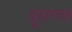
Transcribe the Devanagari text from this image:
दुराग्ल